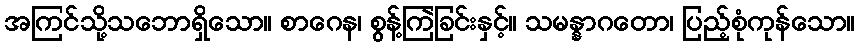
အကြင်သို့သဘောရှိသော။ စာဂေန၊ စွန့်ကြဲခြင်းနှင့်။ သမန္နာဂတော၊ ပြည့်စုံကုန်သော။